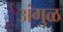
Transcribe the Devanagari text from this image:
अंगुळ